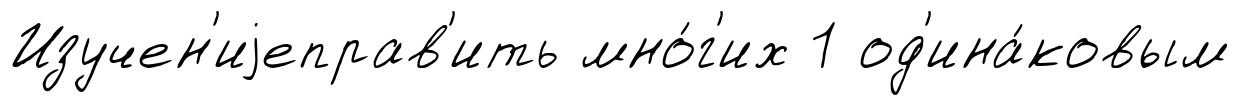
Изучен'иjеправ'ить мно́г'их 1 од'ина́ковым